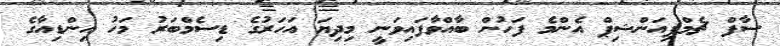
ސާފް ޗެމްޕިއަންޝިޕް އެންމެ ފަހުން ބާއްވާފައިވަނީ މިދިޔަ އަހަރުގެ ޑިސެމްބަރު މަހު އިންޑިއާގެ